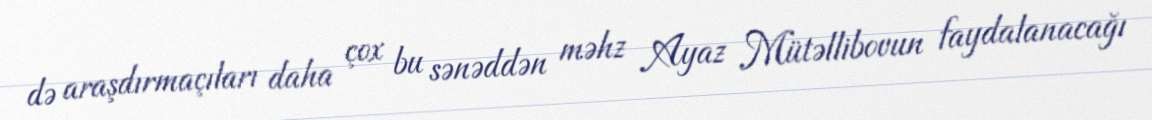
də araşdırmaçıları daha çox bu sənəddən məhz Ayaz Mütəllibovun faydalanacağı